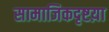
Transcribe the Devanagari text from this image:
सामाजिकदृष्टय़ा